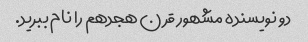
دو نویسنده مشهور قرن هجدهم را نام ببرید.